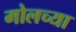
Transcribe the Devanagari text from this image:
मोलच्या